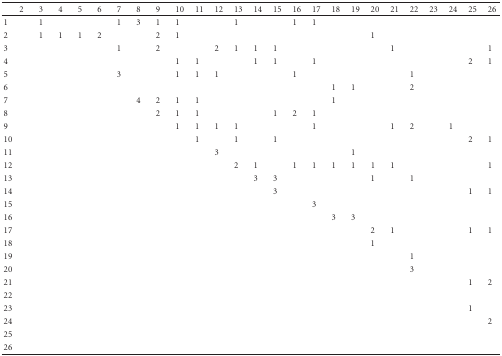
<table><thead><tr><td></td><td><b>2</b></td><td><b>3</b></td><td><b>4</b></td><td><b>5</b></td><td><b>6</b></td><td><b>7</b></td><td><b>8</b></td><td><b>9</b></td><td><b>10</b></td><td><b>11</b></td><td><b>12</b></td><td><b>13</b></td><td><b>14</b></td><td><b>15</b></td><td><b>16</b></td><td><b>17</b></td><td><b>18</b></td><td><b>19</b></td><td><b>20</b></td><td><b>21</b></td><td><b>22</b></td><td><b>23</b></td><td><b>24</b></td><td><b>25</b></td><td><b>26</b></td></tr></thead><tbody><tr><td> 1</td><td></td><td>1</td><td></td><td></td><td></td><td>1</td><td>3</td><td>1</td><td>1</td><td></td><td></td><td>1</td><td></td><td></td><td>1</td><td>1</td><td></td><td></td><td></td><td></td><td></td><td></td><td></td><td></td><td></td></tr><tr><td>2</td><td></td><td>1</td><td>1</td><td>1</td><td>2</td><td></td><td></td><td>2</td><td>1</td><td></td><td></td><td></td><td></td><td></td><td></td><td></td><td></td><td></td><td>1</td><td></td><td></td><td></td><td></td><td></td><td></td></tr><tr><td>3</td><td></td><td></td><td></td><td></td><td></td><td>1</td><td></td><td>2</td><td></td><td></td><td>2</td><td>1</td><td>1</td><td>1</td><td></td><td></td><td></td><td></td><td></td><td>1</td><td></td><td></td><td></td><td></td><td>1</td></tr><tr><td>4</td><td></td><td></td><td></td><td></td><td></td><td></td><td></td><td></td><td>1</td><td>1</td><td></td><td></td><td>1</td><td>1</td><td></td><td>1</td><td></td><td></td><td></td><td></td><td></td><td></td><td></td><td>2</td><td>1</td></tr><tr><td>5</td><td></td><td></td><td></td><td></td><td></td><td>3</td><td></td><td></td><td>1</td><td>1</td><td>1</td><td></td><td></td><td></td><td>1</td><td></td><td></td><td></td><td></td><td></td><td>1</td><td></td><td></td><td></td><td></td></tr><tr><td>6</td><td></td><td></td><td></td><td></td><td></td><td></td><td></td><td></td><td></td><td></td><td></td><td></td><td></td><td></td><td></td><td></td><td>1</td><td>1</td><td></td><td></td><td>2</td><td></td><td></td><td></td><td></td></tr><tr><td>7</td><td></td><td></td><td></td><td></td><td></td><td></td><td>4</td><td>2</td><td>1</td><td>1</td><td></td><td></td><td></td><td></td><td></td><td></td><td>1</td><td></td><td></td><td></td><td></td><td></td><td></td><td></td><td></td></tr><tr><td>8</td><td></td><td></td><td></td><td></td><td></td><td></td><td></td><td>2</td><td>1</td><td>1</td><td></td><td></td><td></td><td>1</td><td>2</td><td>1</td><td></td><td></td><td></td><td></td><td></td><td></td><td></td><td></td><td></td></tr><tr><td>9</td><td></td><td></td><td></td><td></td><td></td><td></td><td></td><td></td><td>1</td><td>1</td><td>1</td><td>1</td><td></td><td></td><td></td><td>1</td><td></td><td></td><td></td><td>1</td><td>2</td><td></td><td>1</td><td></td><td></td></tr><tr><td>10</td><td></td><td></td><td></td><td></td><td></td><td></td><td></td><td></td><td></td><td>1</td><td></td><td>1</td><td></td><td>1</td><td></td><td></td><td></td><td></td><td></td><td></td><td></td><td></td><td></td><td>2</td><td>1</td></tr><tr><td>11</td><td></td><td></td><td></td><td></td><td></td><td></td><td></td><td></td><td></td><td></td><td>3</td><td></td><td></td><td></td><td></td><td></td><td></td><td>1</td><td></td><td></td><td></td><td></td><td></td><td></td><td></td></tr><tr><td>12</td><td></td><td></td><td></td><td></td><td></td><td></td><td></td><td></td><td></td><td></td><td></td><td>2</td><td>1</td><td></td><td>1</td><td>1</td><td>1</td><td>1</td><td>1</td><td>1</td><td></td><td></td><td></td><td></td><td>1</td></tr><tr><td>13</td><td></td><td></td><td></td><td></td><td></td><td></td><td></td><td></td><td></td><td></td><td></td><td></td><td>3</td><td>3</td><td></td><td></td><td></td><td></td><td>1</td><td></td><td>1</td><td></td><td></td><td></td><td></td></tr><tr><td>14</td><td></td><td></td><td></td><td></td><td></td><td></td><td></td><td></td><td></td><td></td><td></td><td></td><td></td><td>3</td><td></td><td></td><td></td><td></td><td></td><td></td><td></td><td></td><td></td><td>1</td><td>1</td></tr><tr><td>15</td><td></td><td></td><td></td><td></td><td></td><td></td><td></td><td></td><td></td><td></td><td></td><td></td><td></td><td></td><td></td><td>3</td><td></td><td></td><td></td><td></td><td></td><td></td><td></td><td></td><td></td></tr><tr><td>16</td><td></td><td></td><td></td><td></td><td></td><td></td><td></td><td></td><td></td><td></td><td></td><td></td><td></td><td></td><td></td><td></td><td>3</td><td>3</td><td></td><td></td><td></td><td></td><td></td><td></td><td></td></tr><tr><td>17</td><td></td><td></td><td></td><td></td><td></td><td></td><td></td><td></td><td></td><td></td><td></td><td></td><td></td><td></td><td></td><td></td><td></td><td></td><td>2</td><td>1</td><td></td><td></td><td></td><td>1</td><td>1</td></tr><tr><td>18</td><td></td><td></td><td></td><td></td><td></td><td></td><td></td><td></td><td></td><td></td><td></td><td></td><td></td><td></td><td></td><td></td><td></td><td></td><td>1</td><td></td><td></td><td></td><td></td><td></td><td></td></tr><tr><td>19</td><td></td><td></td><td></td><td></td><td></td><td></td><td></td><td></td><td></td><td></td><td></td><td></td><td></td><td></td><td></td><td></td><td></td><td></td><td></td><td></td><td>1</td><td></td><td></td><td></td><td></td></tr><tr><td>20</td><td></td><td></td><td></td><td></td><td></td><td></td><td></td><td></td><td></td><td></td><td></td><td></td><td></td><td></td><td></td><td></td><td></td><td></td><td></td><td></td><td>3</td><td></td><td></td><td></td><td></td></tr><tr><td>21</td><td></td><td></td><td></td><td></td><td></td><td></td><td></td><td></td><td></td><td></td><td></td><td></td><td></td><td></td><td></td><td></td><td></td><td></td><td></td><td></td><td></td><td></td><td></td><td>1</td><td>2</td></tr><tr><td>22</td><td></td><td></td><td></td><td></td><td></td><td></td><td></td><td></td><td></td><td></td><td></td><td></td><td></td><td></td><td></td><td></td><td></td><td></td><td></td><td></td><td></td><td></td><td></td><td></td><td></td></tr><tr><td>23</td><td></td><td></td><td></td><td></td><td></td><td></td><td></td><td></td><td></td><td></td><td></td><td></td><td></td><td></td><td></td><td></td><td></td><td></td><td></td><td></td><td></td><td></td><td></td><td>1</td><td></td></tr><tr><td>24</td><td></td><td></td><td></td><td></td><td></td><td></td><td></td><td></td><td></td><td></td><td></td><td></td><td></td><td></td><td></td><td></td><td></td><td></td><td></td><td></td><td></td><td></td><td></td><td></td><td>2</td></tr><tr><td>25</td><td></td><td></td><td></td><td></td><td></td><td></td><td></td><td></td><td></td><td></td><td></td><td></td><td></td><td></td><td></td><td></td><td></td><td></td><td></td><td></td><td></td><td></td><td></td><td></td><td></td></tr><tr><td>26</td><td></td><td></td><td></td><td></td><td></td><td></td><td></td><td></td><td></td><td></td><td></td><td></td><td></td><td></td><td></td><td></td><td></td><td></td><td></td><td></td><td></td><td></td><td></td><td></td><td></td></tr></tbody></table>